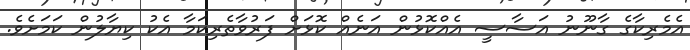
އެެމެރިކާގެ ގާނޫނު އަސާސީ އެއްކޮޅުން އަނެއް ކޮޅަށް ފަރުވާތެރިކަމާ އެކު ކިޔާލުން ކަމަށެވެ.